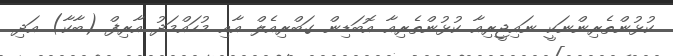
ކުޅުންތެރިންނަކީ ނައިޖީރިއާ ކުޅުންތެރިއާ އޮބަޑިން ގަބްރިއެލް އާއި މުހައްމަދު އާރިފް (ބާކާ) އަދި